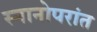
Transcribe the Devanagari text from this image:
स्नानोपरांत